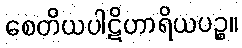
စေတိယပါဋိဟာရိယပဉ္စ။